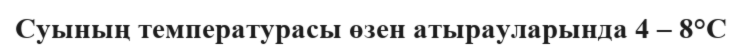
Суының температурасы өзен атырауларында 4 – 8°С